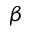
\beta